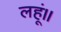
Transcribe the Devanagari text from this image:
लहूं॥